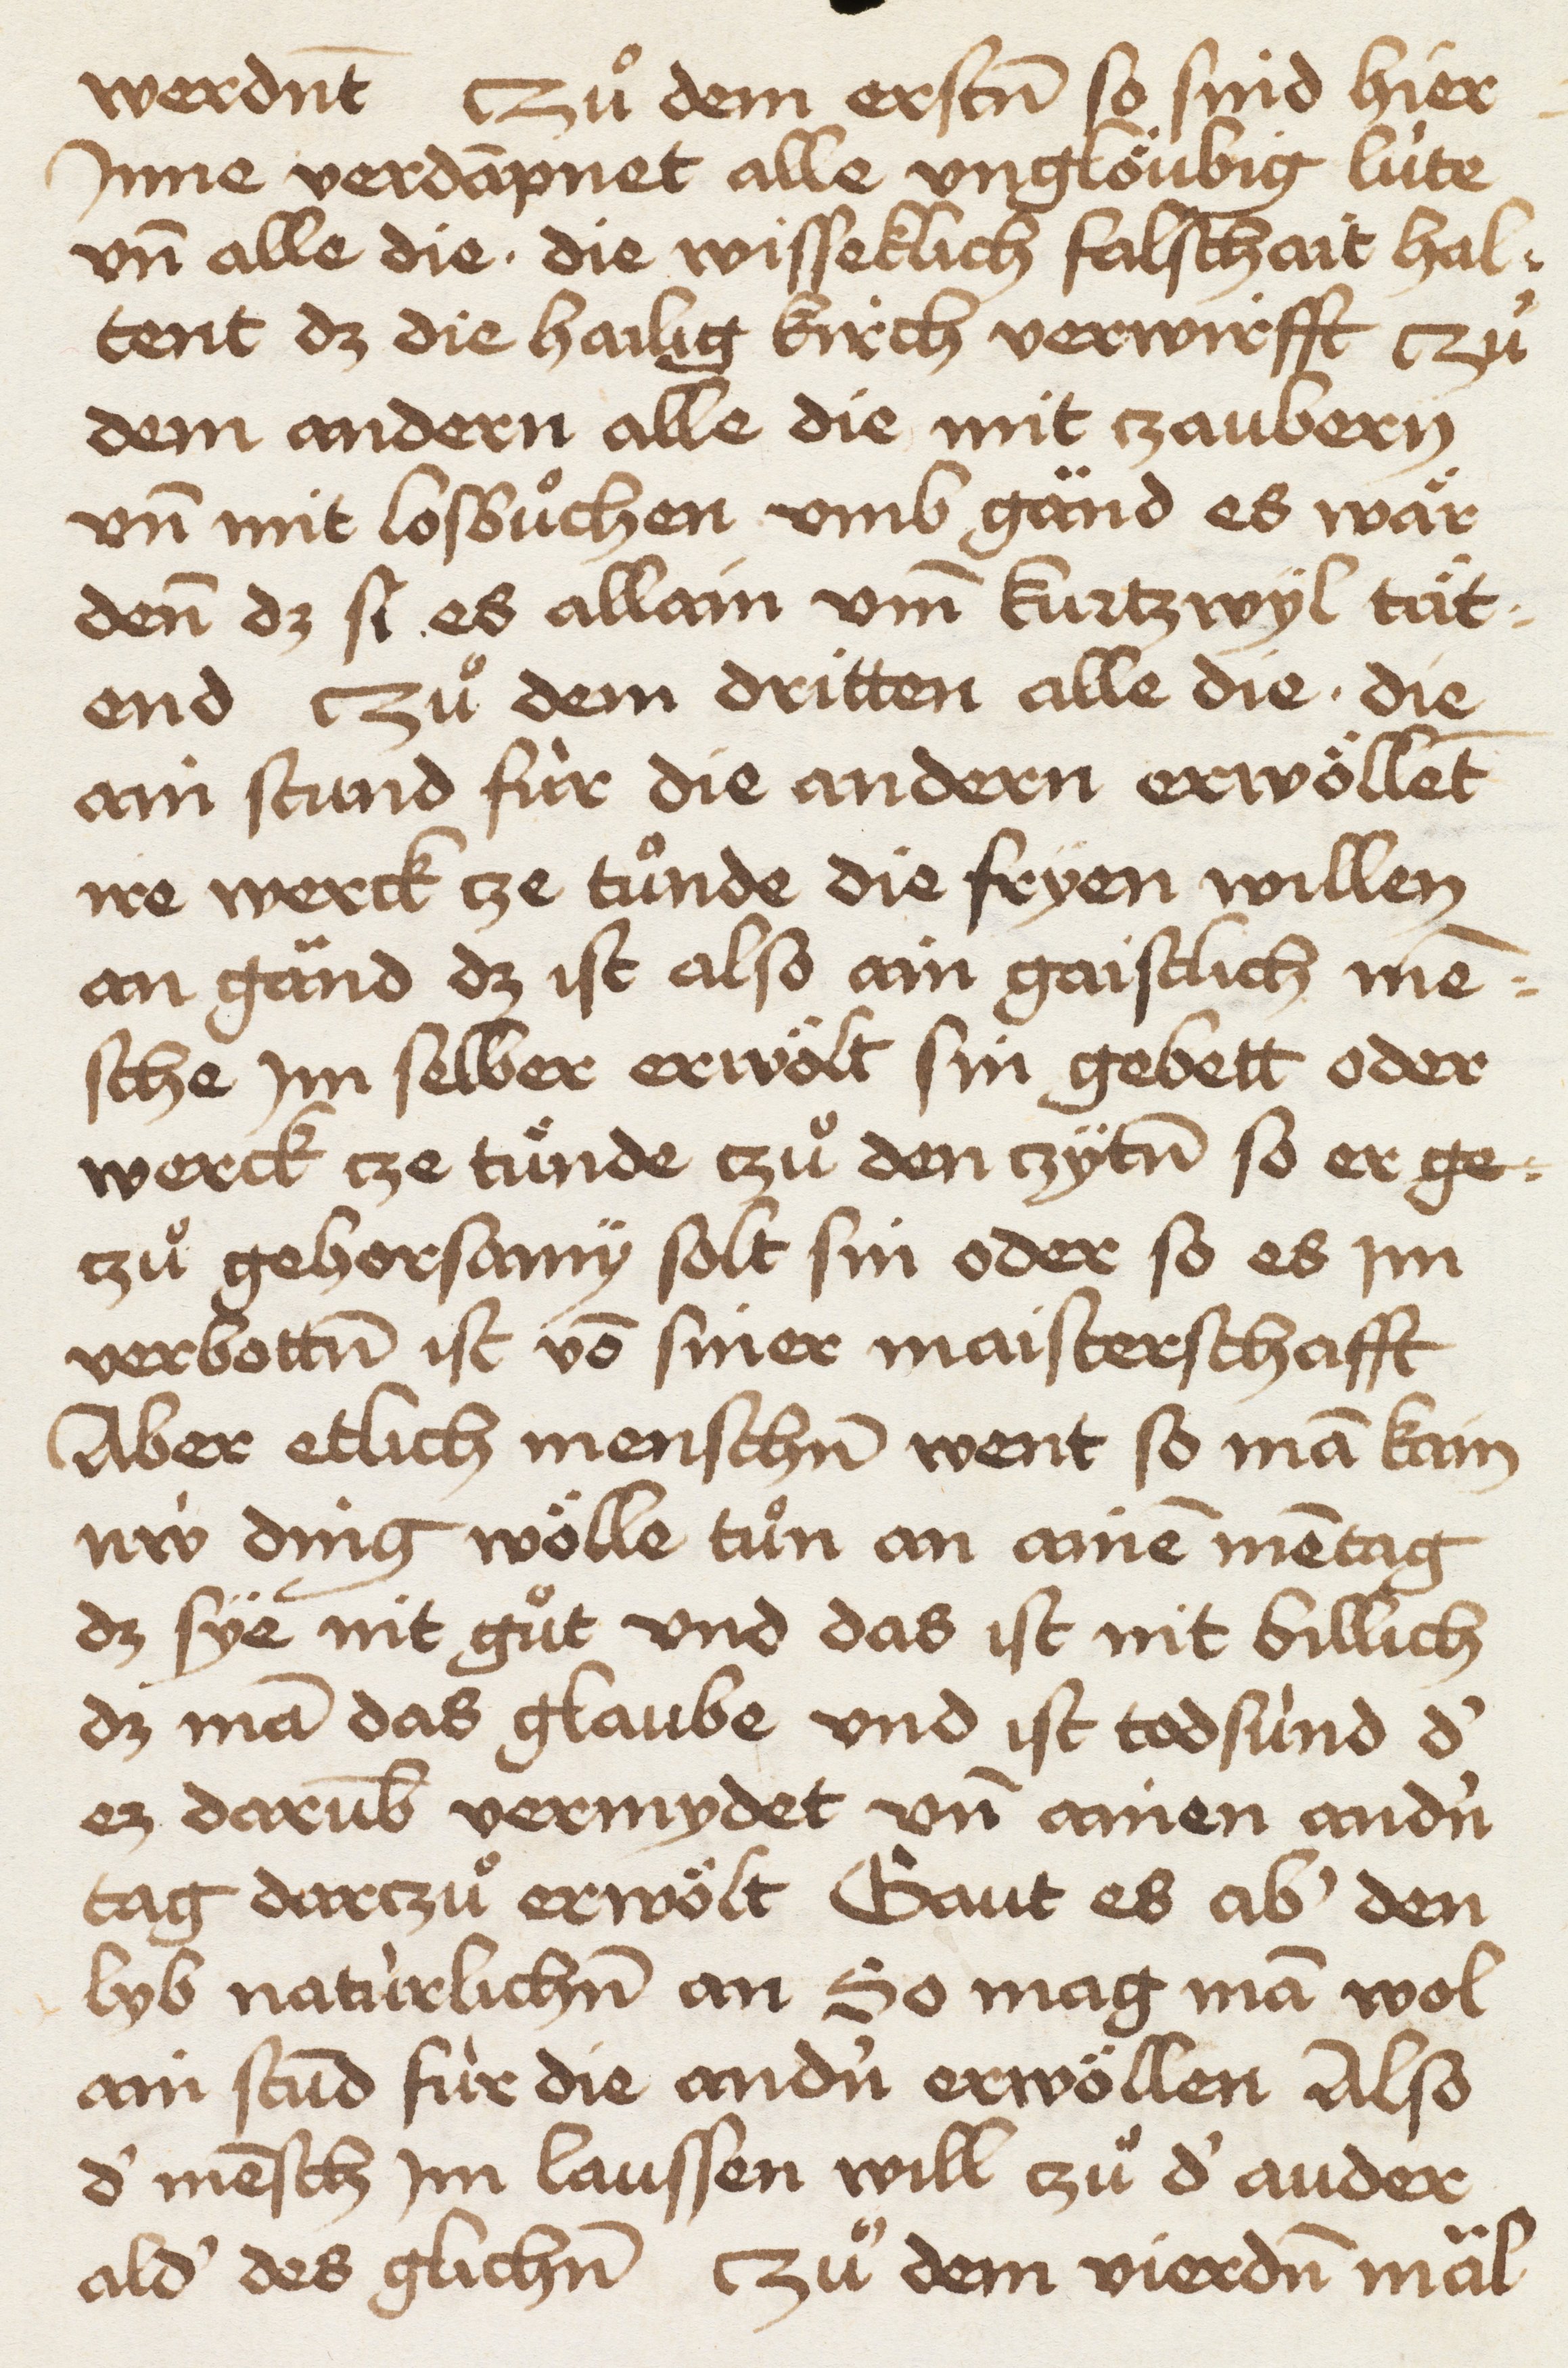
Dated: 1465–1467